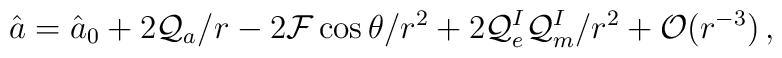
\hat{a} = \hat{a}_{0} + 2{\cal Q}_{a}/r -2{\cal F}\cos\theta/r^{2} +2{\cal Q}_{e}^{I}{\cal Q}_{m}^{I}/r^{2} +{\cal O}(r^{-3})  \, ,